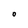
Character: O